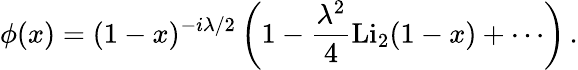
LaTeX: \phi(x)=(1-x)^{-i\lambda/2}\left(1-\frac{\lambda^{2}}{4}\mathrm{Li}_{2}(1-x)+\cdots\right)\, .